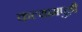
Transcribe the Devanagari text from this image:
कल्यामपुड़ी